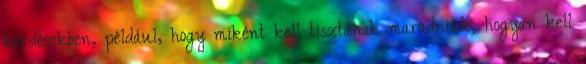
kérdésekben, például, hogy miként kell tisztának maradniuk, hogyan kell